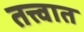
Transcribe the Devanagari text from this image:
तत्त्वात